system: You are a helpful assistant.
user:
Analyze the provided spectrum to determine if it is a **Carbon Star (C-type)**.

- **Key Visual Indicators of Carbon Star:**
    - **(Primary):** Strong molecular absorption from **C₂ (diatomic carbon) "Swan Bands."** This is the **defining feature** of a carbon star.
        - **(Key Bandheads):** Sharp absorption edges are visible at approximately $5635$ Å, $5165$ Å (the strongest band), and $4737$ Å.
        - **(Line Profile):** Creates a distinct **"saw-tooth"** pattern. The key morphology is a sharp, steep bandhead on the **red (long-wavelength) side**, which then gradually tapers off (i.e., flux recovers) towards the **blue (short-wavelength) side**. *(This is the direct opposite of the TiO bands seen in M-type stars)*.

    - **(Secondary):** Intense **CN (cyanogen)** molecular absorption bands.
        - **(Key Bandheads):** Located in the blue and violet regions of the spectrum (e.g., near $4215$ Å and $3883$ Å).
        - **(Morphology):** These bands are extremely broad and act as a "blanket," absorbing the vast majority of blue and violet light. This creates a characteristic **"cliff"** or **"steep drop-off"** in the spectrum's flux at short wavelengths.

    - **(Key Confirmation):** Strong **CH absorption band (G-band)**.
        - **(Key Bandhead):** Located around $4300$ Å. The contribution from CH molecules to this band is exceptionally strong.

    - **(Overall Spectrum):**
        - The continuum is severely "chopped up" by these deep molecular bands, especially C₂, rather than appearing as a smooth curve.
        - Due to the heavy CN and C₂ absorption in the blue-green, the vast majority of the star's flux is concentrated in the red part of the spectrum, giving the star its characteristic deep red color.

Think first, call **spectral_visualization_tool** if needed to examine features in detail, then provide your final answer. Your response must adhere to the following strict rules:
1.  **Overall Structure:** Your response must follow the format `<think>...</think> <tool_call>...</tool_call> (if a tool is used) <answer>...</answer>`.
2.  **Tool Usage Constraint:** You may only make **one** tool call per turn.
3.  **Final Answer Format:** In the `<answer>` tag, your conclusion must be inside a `\boxed{}` command (e.g., `\boxed{YES}`), followed by your justification.

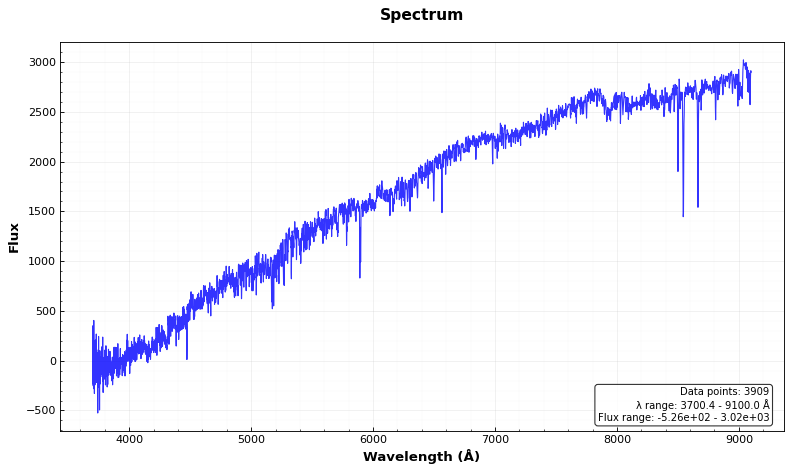
Answer: NO